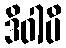
ဒိဝါပိ